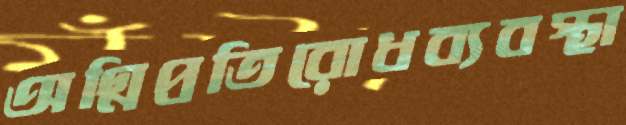
অগ্নিপ্রতিরোধব্যবস্থা